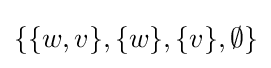
\{\{w,v\},\{w\},\{v\},\emptyset \}